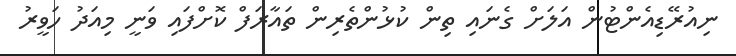
ނިއުރޭޑިއެންޓުން އަލަށް ގެނައި ތިން ކުޅުންތެރިން ތައާރަފް ކޮށްފައި ވަނީ މިއަދު ހަވީރު